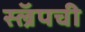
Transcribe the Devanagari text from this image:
स्ल्रॅपची